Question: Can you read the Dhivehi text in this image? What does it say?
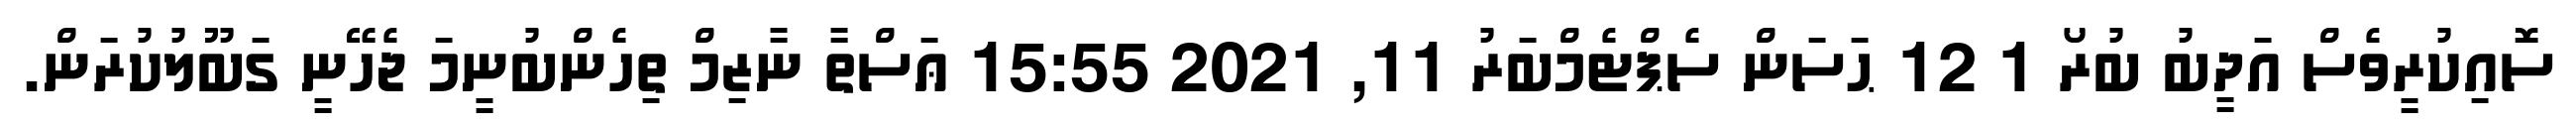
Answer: ސޮއިކުރީވެސް އަދީބު ބުރޯ 1 12 ޙަސަން ސެޕްޓެމްބަރު 11, 2021 15:55 ޢަސްތާ ނާޒިމް ތިހެންބުނީމަ ޖެހޭނީ ގަބޫލުކުރަން.